Annual returns of the Patna Lunatic Asylum at Bankipore in Bihar and Orissa - 1912-1924
Year: 1912
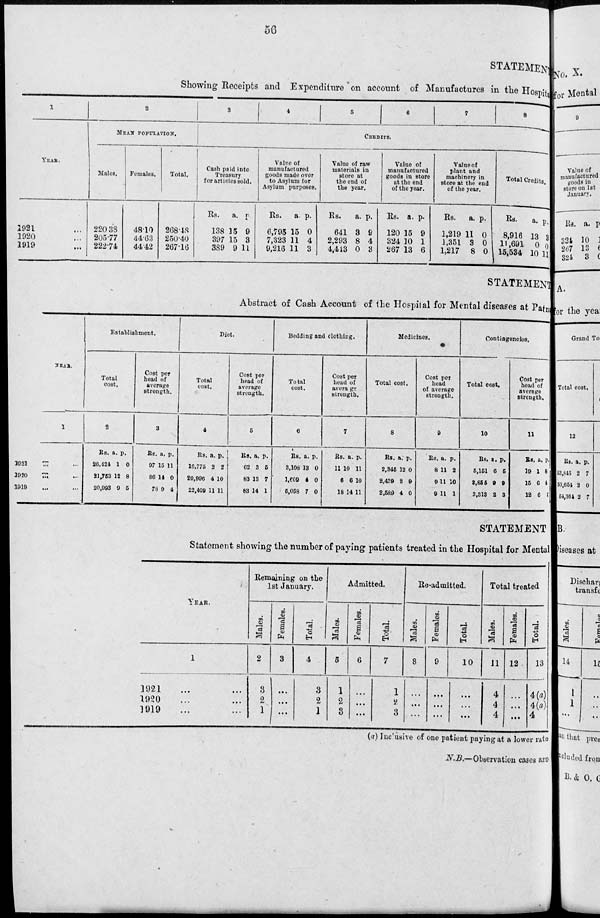
56
STATEMENT
Showing Receipts and Expenditure on account of Manufactures in the Hospital
1
YEAR.
1921 ...
1920 ...
1919 ...
2
MEAN POPULATION.
Males.
220.38
205.77
222.74
Females.
48.10
44.63
44.42
Total.
268.48
250.40
267.16
3
4
5
6
7
8
CREDITS.
Cash paid into
Treasury
for articles sold.
Rs.
138
397
389
a.
15
15
9
p.
9
3
11
Value of
manufactured
goods made over
to Asylum for
Asylum purposes.
Rs.
6,795
7,323
9,216
a.
15
11
11
p.
0
4
3
Value of raw
materials in
store at
the end of
the year.
Rs.
641
2,293
4,443
a.
3
8
0
p.
9
4
3
Value of
manufactured
goods in store
at the end
of the year.
Rs.
120
324
267
a.
15
10
13
p.
9
1
6
Value of
plant and
machinery in
store at the end
of the year.
Rs.
1,219
1,351
1,217
a.
11
3
8
p.
0
0
0
Total Credits.
Rs.
8,916
11,691
15,534
a.
13
0
10
p.
3
0
11
STATEMENT
Abstract of Cash Account of the Hospital for Mental diseases at Patna
YEAR.
1
1921 ... ...
1920 ... ...
1919 ... ...
Establishment.
Total
cost.
2
Rs.
26,424
21,753
20,993
a.
1
12
9
p.
0
8
5
Cost per
head of
average
strength.
3
Rs.
97
86
78
a.
15
14
9
p.
11
0
4
Diet.
Total
cost.
4
Rs.
16,775
20,996
22,409
a.
2
4
11
p.
2
10
11
Cost per
head of
average
strength.
5
Rs.
62
83
83
a.
3
13
14
p.
5
7
1
Bedding and clothing.
Total
cost.
6
Rs.
3,108
1,609
5,058
a.
13
4
7
p.
0
0
0
Cost per
head of
average
strength.
7
Rs
11
6
18
a.
10
6
14
p.
11
10
11
Medicines.
Total cost.
8
Rs.
2,345
2,439
2,589
a.
12
2
4
p.
0
9
0
Cost per
head
of average
strength.
9
Rs.
8
9
9
a.
11
11
11
p.
2
10
1
Contingencies.
Total cost.
10
Rs.
5,151
3,855
3,313
a.
6
9
2
p.
5
9
3
Cost per
head of
average
strength.
11
Rs.
19
15
12
a.
1
6
6
p.
8
4
5
STATEMENT
Statement showing the number of paying patients treated in the Hospital for Mental
YEAR.
1
1921 ... ...
1920 ... ...
1919 ... ...
Remaining on the
1st January.
Males.
2
2
2
1
Females.
3
...
...
...
Total.
4
3
2
1
Admitted.
Males.
5
1
2
3
Females.
6
...
...
...
Total.
7
1
2
3
Re-admitted.
Males.
8
...
...
...
Females.
9
...
...
...
Total.
10
...
...
...
Total treated
Males.
11
4
4
4
Females.
12
...
...
...
Total.
13
4(a)
4(a)
4
(a) Inclusive of one patient paying at a lower rate
N.B.—Observation cases are